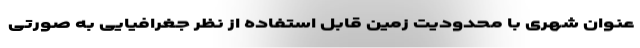
عنوان شهری با محدودیت زمین قابل استفاده از نظر جغرافیایی به صورتی